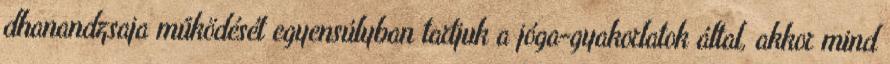
dhanandzsaja működését egyensúlyban tartjuk a jóga-gyakorlatok által, akkor mind